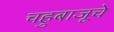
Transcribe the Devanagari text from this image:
चहुबाजूचे